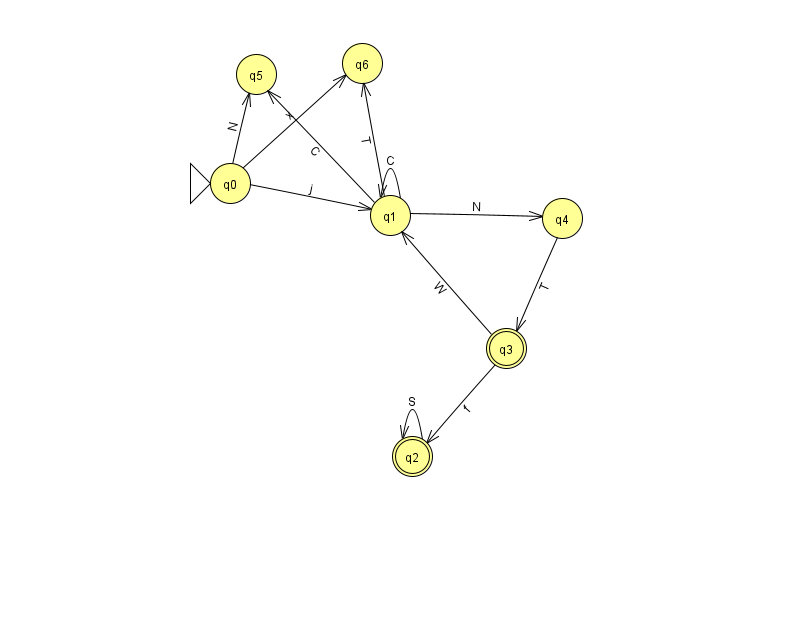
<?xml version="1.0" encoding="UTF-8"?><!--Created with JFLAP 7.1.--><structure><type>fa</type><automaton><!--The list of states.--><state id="0" name="q0"><x>230.0</x><y>170.0</y><initial/></state><state id="1" name="q1"><x>390.0</x><y>202.0</y></state><state id="2" name="q2"><x>412.0</x><y>443.0</y><final/></state><state id="3" name="q3"><x>506.0</x><y>335.0</y><final/></state><state id="4" name="q4"><x>562.0</x><y>205.0</y></state><state id="5" name="q5"><x>256.0</x><y>61.0</y></state><state id="6" name="q6"><x>362.0</x><y>50.0</y></state><!--The list of transitions.--><transition><from>0</from><to>5</to><read>N</read></transition><transition><from>0</from><to>6</to><read>x</read></transition><transition><from>3</from><to>1</to><read>W</read></transition><transition><from>3</from><to>2</to><read>f</read></transition><transition><from>1</from><to>1</to><read>C</read></transition><transition><from>1</from><to>4</to><read>N</read></transition><transition><from>2</from><to>2</to><read>S</read></transition><transition><from>0</from><to>1</to><read>j</read></transition><transition><from>4</from><to>3</to><read>T</read></transition><transition><from>1</from><to>5</to><read>C</read></transition><transition><from>1</from><to>6</to><read>T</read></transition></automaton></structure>